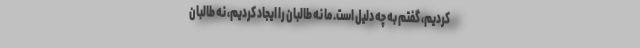
کردیم، گفتم به چه دلیل است. ما نه طالبان را ایجاد کردیم، نه طالبان